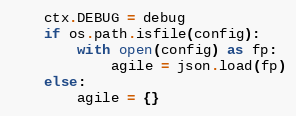
Language: Python
    ctx.DEBUG = debug
    if os.path.isfile(config):
        with open(config) as fp:
            agile = json.load(fp)
    else:
        agile = {}